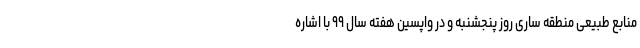
منابع طبیعی منطقه ساری روز پنجشنبه و در واپسین هفته سال ۹۹ با اشاره